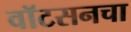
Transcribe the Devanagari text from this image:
वॉटसनचा